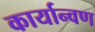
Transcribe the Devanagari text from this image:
कार्यान्वण